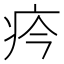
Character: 𤴽